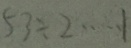
5 3 \div 2 \cdots 1